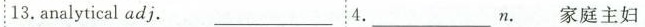
13.analytical adj.__________4.___________n.家庭主妇